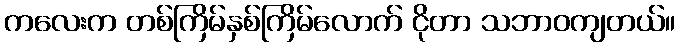
ကလေးက တစ်ကြိမ်နှစ်ကြိမ်လောက် ငိုတာ သဘာဝကျတယ်။